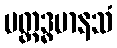
ပတ္ထဒ္ဓမာနသံ